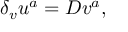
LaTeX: \delta _ { v } u ^ { a } = D v ^ { a } ,